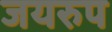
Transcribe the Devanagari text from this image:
जयरुप